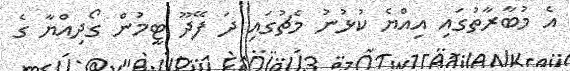
އެ މުބާރާތުގައި އިއްޔެ ކުޅުނު މެޗުގައި ދަ ފޭދޫ ޓީމުން ގޯދިއްޔާ ގެ